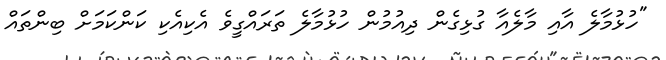
"ހުޅުމާލެ އާއި މާލެއާ ގުޅިގެން ދިއުމުން ހުޅުމާލެ ތަރައްގީވެ އެކިއެކި ކަންކަމަށް ބިންތައް